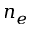
n _ { e }